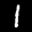
Label: 1